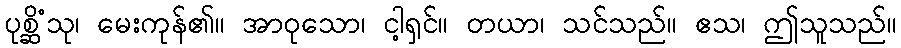
ပုစ္ဆိံသု၊ မေးကုန်၏။ အာဝုသော၊ ငါ့ရှင်။ တယာ၊ သင်သည်။ ဧသ၊ ဤသူသည်။